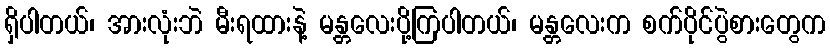
ရှိပါတယ်၊ အားလုံးဘဲ မီးရထားနဲ့ မန္တလေးပို့ကြပါတယ်၊ မန္တလေးက စက်ပိုင်ပွဲစားတွေက